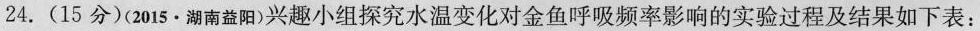
24.(15分)(2015·湖南益阳)兴趣小组探究水温变化对金鱼呼吸频率影响的实验过程及结果如下表：